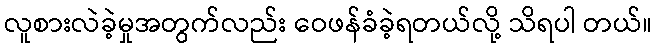
လူစားလဲခဲ့မှုအတွက်လည်း ဝေဖန်ခံခဲ့ရတယ်လို့ သိရပါ တယ်။